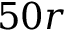
5 0 r